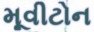
મૂવીટોન